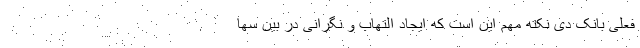
فعلی بانک دی نکته مهم این است که ایجاد التهاب و نگرانی در بین سها